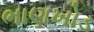
ભાણખોડ